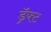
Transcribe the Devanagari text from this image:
ड्रॅफ्ट